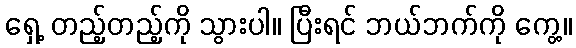
ရှေ့ တည့်တည့်ကို သွားပါ။ ပြီးရင် ဘယ်ဘက်ကို ကွေ့။